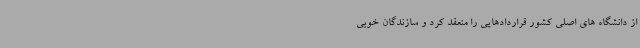
از دانشگاه های اصلی کشور قراردادهایی را منعقد کرد و سازندگان خوبی